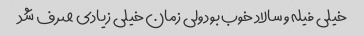
خیلی فیله و سالاد خوب بود ولی زمان خیلی زیادی صرف شد